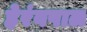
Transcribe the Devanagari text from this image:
हेरंबपाल